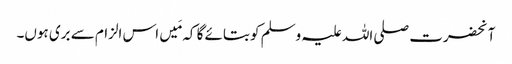
آنحضرت صلی اللہ علیہ وسلم کو بتائے گا کہ مَیں اس الزام سے بری ہوں۔